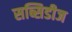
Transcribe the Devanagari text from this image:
सब्सिडीज